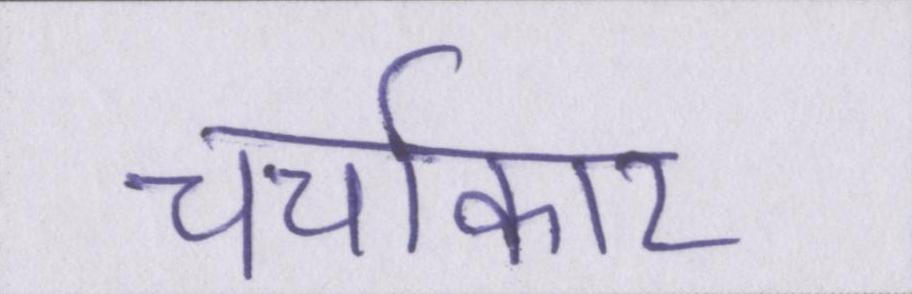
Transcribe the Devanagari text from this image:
चर्चाकार